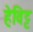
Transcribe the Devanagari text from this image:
हेविट्ट